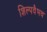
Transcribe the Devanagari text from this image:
शिल्पवैभव